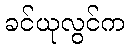
ခင်ယုလွင်က